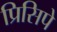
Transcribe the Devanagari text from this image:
प्रिसिपे